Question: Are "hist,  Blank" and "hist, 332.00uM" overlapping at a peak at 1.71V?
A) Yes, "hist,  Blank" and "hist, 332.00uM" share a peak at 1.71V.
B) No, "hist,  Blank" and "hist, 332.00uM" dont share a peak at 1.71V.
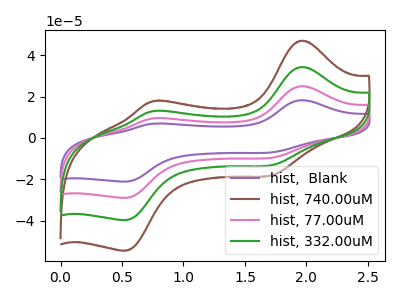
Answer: <think>The purple curve "hist,  Blank" has anodic peaks at (1.95V, 102.85uA) (0.75V, 38.80uA) and cathodic peaks at (1.70V, -39.85uA) (0.55V, -119.30uA). The brown curve "hist, 740.00uM" has anodic peaks at (1.95V, 47.00uA) (0.75V, 17.75uA) and cathodic peaks at (1.70V, -18.20uA) (0.55V, -54.55uA). The pink curve "hist, 77.00uM" has anodic peaks at (1.95V, 68.55uA) (0.75V, 25.85uA) and cathodic peaks at (1.70V, -26.55uA) (0.55V, -79.55uA). The green curve "hist, 332.00uM" has anodic peaks at (1.95V, 34.30uA) (0.75V, 12.95uA) and cathodic peaks at (1.70V, -13.30uA) (0.55V, -39.75uA).</think>
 <answer>A) Yes, "hist,  Blank" and "hist, 332.00uM" share a peak at 1.71V.</answer>
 <eval>A</eval>